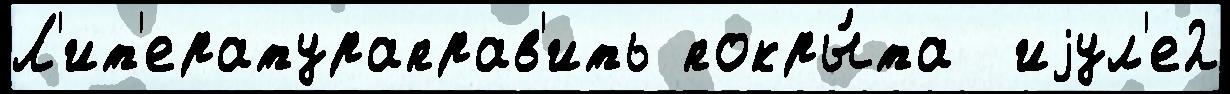
Л'ит'ератураправ'ить покры́та  иjул'е2